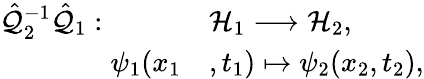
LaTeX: \begin{array}{rl}{\hat{\mathcal{Q}}_{2}^{-1}\hat{\mathcal{Q}}_{1}:\; \; \; \; \; \; \; \; \; \; }&{{}\mathcal{H}_{1}\longrightarrow\mathcal{H}_{2},}\\ {\psi_{1}(x_{1}}&{{},t_{1})\mapsto\psi_{2}(x_{2},t_{2}),}\end{array}